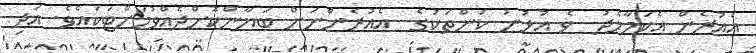
އެއުރެން އެކަމާމެދު  ވެ އުޅުނު ކަންތަކުގެ  އެއުރެންނަށް ބަޔާންކޮށްދެއްވުމަށްޓަކައެވެ. އަދި